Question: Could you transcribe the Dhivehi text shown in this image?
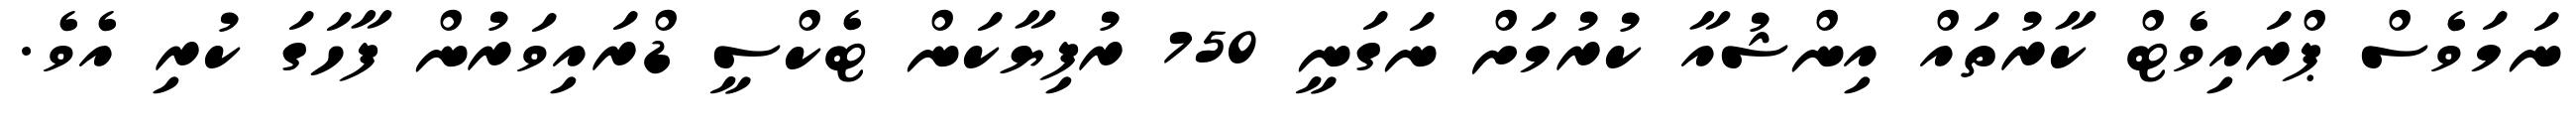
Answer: ނަމަވެސް ޕްރައިވެޓް ކާރުތައް އިންޝުއާ ކުރުމަށް ނަގަނީ 750 ރުފިޔާކަން ޓެކްސީ ޑްރައިވަރުން ފާހަގަ ކުރި އެވެ.